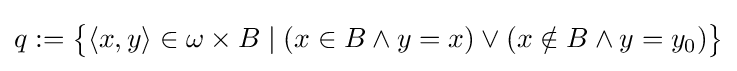
q:={\big \{}\langle x,y\rangle \in \omega \times B\mid (x\in B\land y=x)\lor (x\notin B\land y=y_{0}){\big \}}